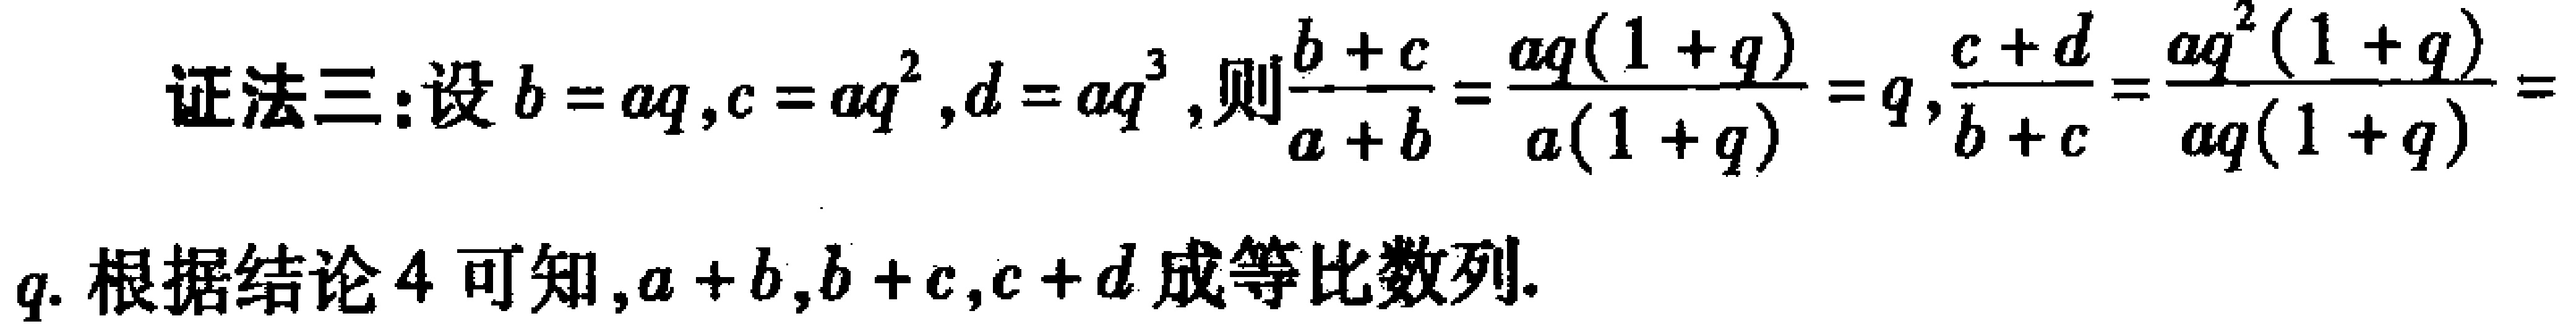
证法三：设\(b = aq,c = aq^{2},d = aq^{3}\)，则\(\frac{b + c}{a + b}=\frac{aq(1 + q)}{a(1 + q)} = q\)，\(\frac{c + d}{b + c}=\frac{aq^{2}(1 + q)}{aq(1 + q)} =\)

\(q\). 根据结论4可知，\(a + b,b + c,c + d\)成等比数列.